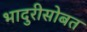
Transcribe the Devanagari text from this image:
भादुरीसोबत